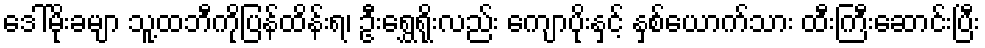
ဒေါ်မိုးခမျာ သူ့ထဘီကိုပြန်ထိန်းရ၊ ဦးရွှေရိုးလည်း ကျောပိုးနှင့် နှစ်ယောက်သား ထီးကြီးဆောင်းပြီး